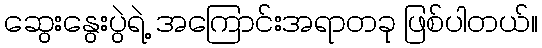
ဆွေးနွေးပွဲရဲ့ အကြောင်းအရာတခု ဖြစ်ပါတယ်။